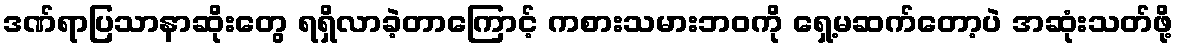
ဒဏ်ရာပြသာနာဆိုးတွေ ရရှိလာခဲ့တာကြောင့် ကစားသမားဘဝကို ရှေ့မဆက်တော့ပဲ အဆုံးသတ်ဖို့